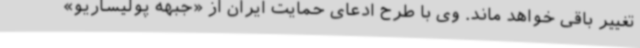
تغییر باقی خواهد ماند. وی با طرح ادعای حمایت ایران از «جبهه پولیساریو»